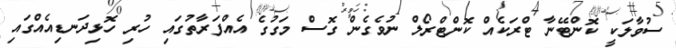
ސުވާލަކީ ކޮންޓޭނާ ޓްރަކެއް ކޮންޓްރޯލް ނުވެގެން ގޮސް މަގުގެ އެއްފަރާތުގައި ހުރި ހޮޅިދަނޑިއެއްގައި